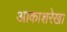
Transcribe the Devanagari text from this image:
आकाशरेखा